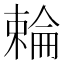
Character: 𬄍